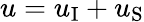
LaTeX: u=u_{\textup{I}}+u_{\textup{S}}